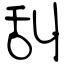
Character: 舏